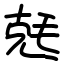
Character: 兞